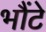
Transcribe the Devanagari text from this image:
भौंटे